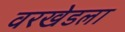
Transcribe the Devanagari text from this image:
वरखेडला